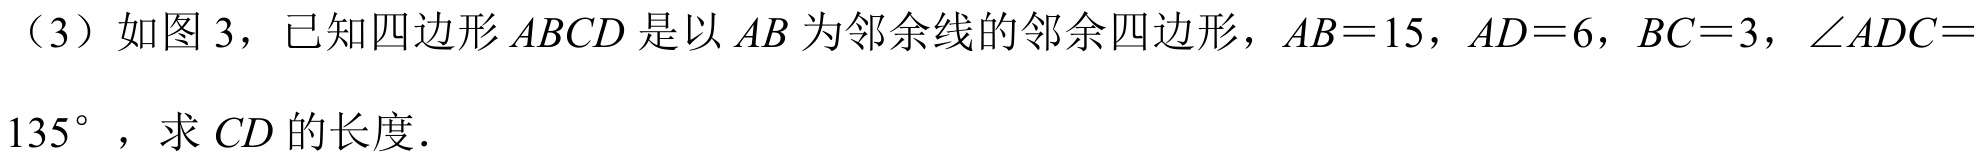
（3）如图 3，已知四边形 \(ABCD\) 是以 \(AB\) 为邻余线的邻余四边形，\(AB = 15\)，\(AD = 6\)，\(BC = 3\)，\(\angle ADC = 135^{\circ}\)，求 \(CD\) 的长度．